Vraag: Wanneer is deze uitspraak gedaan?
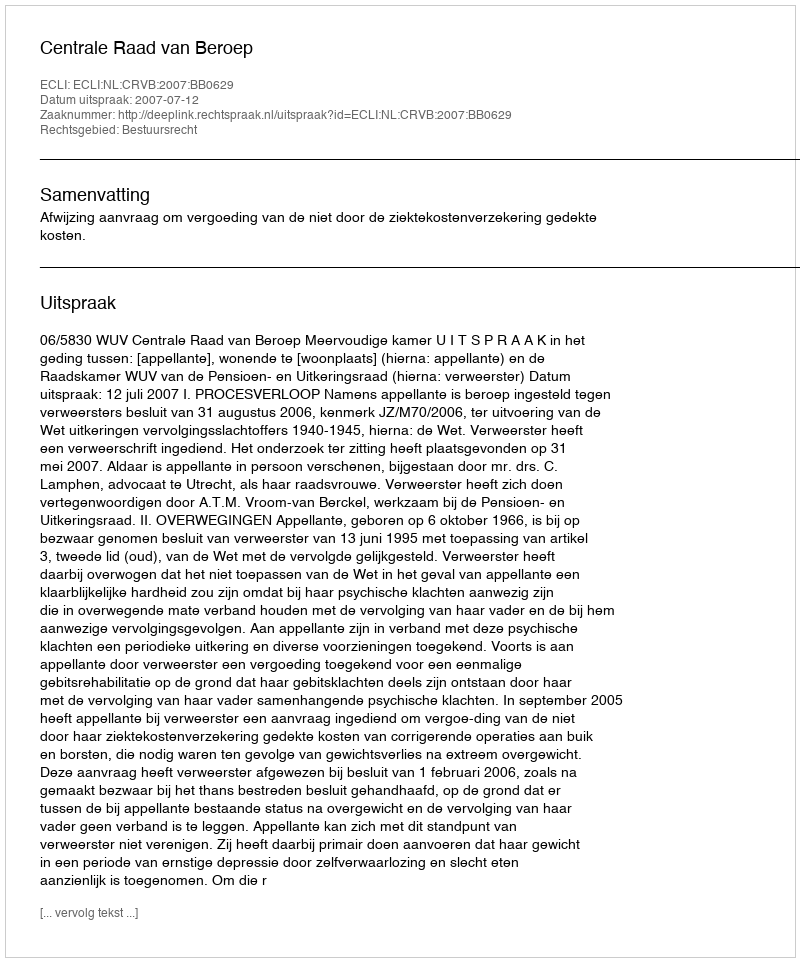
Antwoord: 2007-07-12